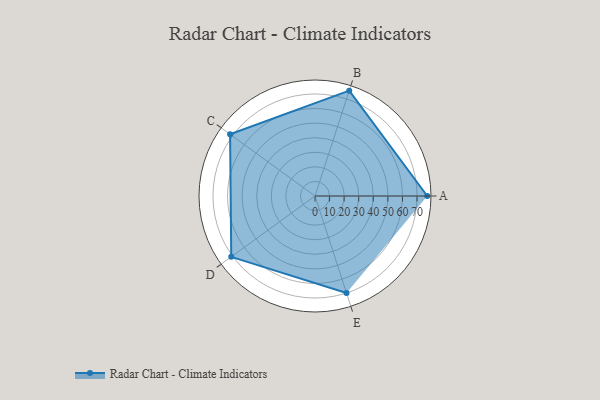
{"axis": {"x": "Skill", "y": "Score"}, "legend": ["Profile"], "data": [{"x": "A", "y": 77.0, "type": "Profile"}, {"x": "B", "y": 76.0, "type": "Profile"}, {"x": "C", "y": 72.0, "type": "Profile"}, {"x": "D", "y": 71.0, "type": "Profile"}, {"x": "E", "y": 70.0, "type": "Profile"}]}